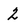
Character: 2